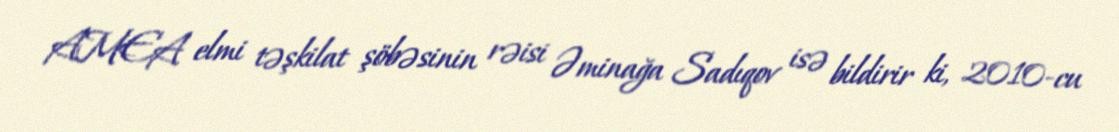
AMEA elmi təşkilat şöbəsinin rəisi Əminağa Sadıqov isə bildirir ki, 2010-cu